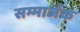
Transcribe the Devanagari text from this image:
सम्मार्जक